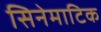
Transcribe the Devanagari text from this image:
सिनेमाटिक